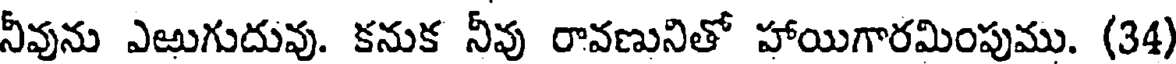
నీవును ఎఱుగుదువు. కనుక నీవు రావణునితో హాయిగారమింపుము. (34)